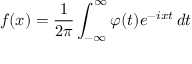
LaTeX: f ( x ) = { \frac { 1 } { 2 \pi } } \int _ { - \infty } ^ { \infty } \varphi ( t ) e ^ { - i x t } \, d t